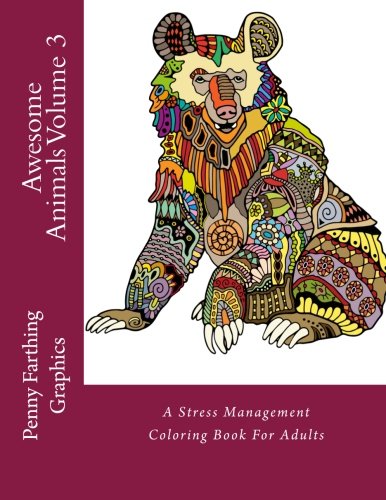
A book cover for Awesome Animals Volume 3: A Stress Management Coloring Book For Adults; Penny Farthing Graphics; Crafts, Hobbies & Home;